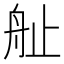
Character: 𱼷